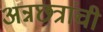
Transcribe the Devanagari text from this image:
अन्नछत्रांची